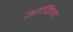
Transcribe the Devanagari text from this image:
आंकिन